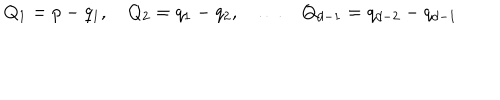
LaTeX: Q _ { 1 } = p - q _ { 1 } , \quad Q _ { 2 } = q _ { 1 } - q _ { 2 } , \quad \ldots \quad Q _ { d - 1 } = q _ { d - 2 } - q _ { d - 1 }